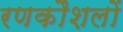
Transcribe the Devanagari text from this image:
रणकौशलों